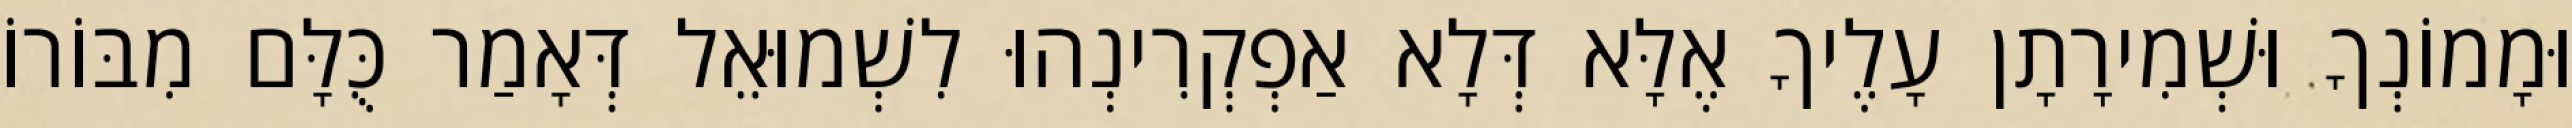
וּמָמוֹנְךָ וּשְׁמִירָתָן עָלֶיךָ אֶלָּא דְּלָא אַפְקְרִינְהוּ לִשְׁמוּאֵל דְּאָמַר כֻּלָּם מִבּוֹרוֹ